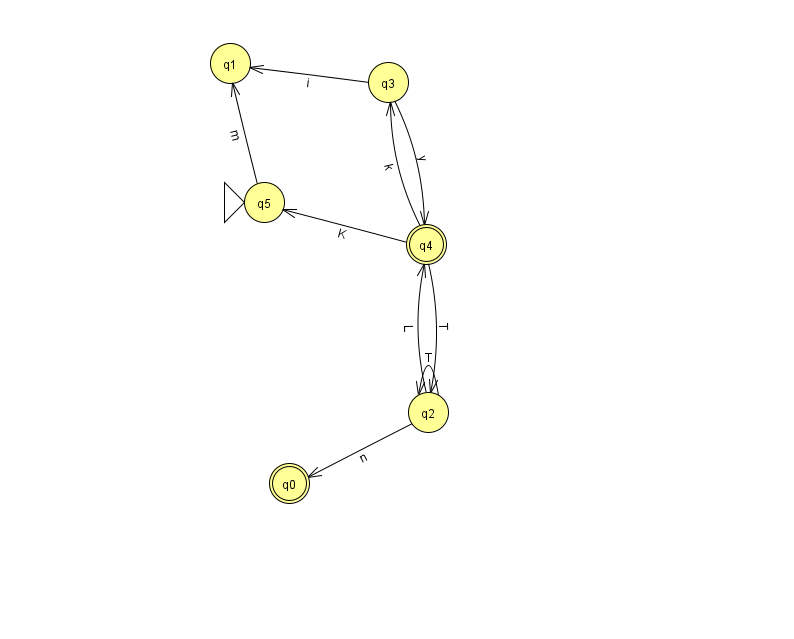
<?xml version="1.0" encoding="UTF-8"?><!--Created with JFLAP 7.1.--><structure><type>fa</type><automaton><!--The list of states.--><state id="0" name="q0"><x>289.0</x><y>470.0</y><final/></state><state id="1" name="q1"><x>230.0</x><y>50.0</y></state><state id="2" name="q2"><x>428.0</x><y>399.0</y></state><state id="3" name="q3"><x>388.0</x><y>69.0</y></state><state id="4" name="q4"><x>426.0</x><y>231.0</y><final/></state><state id="5" name="q5"><x>264.0</x><y>189.0</y><initial/></state><!--The list of transitions.--><transition><from>2</from><to>2</to><read>T</read></transition><transition><from>5</from><to>1</to><read>m</read></transition><transition><from>2</from><to>0</to><read>n</read></transition><transition><from>4</from><to>2</to><read>T</read></transition><transition><from>4</from><to>5</to><read>K</read></transition><transition><from>3</from><to>4</to><read>y</read></transition><transition><from>4</from><to>3</to><read>k</read></transition><transition><from>3</from><to>1</to><read>i</read></transition><transition><from>2</from><to>4</to><read>L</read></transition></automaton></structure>